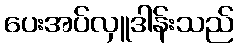
ပေးအပ်လှူဒါန်းသည်